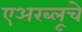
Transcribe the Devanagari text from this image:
एअरब्लूचे